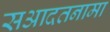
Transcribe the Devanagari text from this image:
सआदतनामा